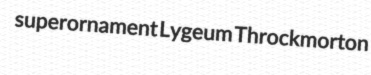
superornament Lygeum Throckmorton